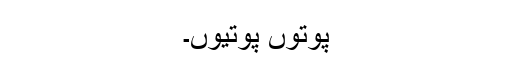
پوتوں پوتیوں۔